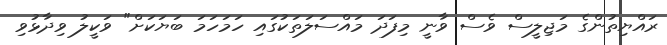
ރައްޔިތުންގެ މަޖިލީސް ވެސް ވާނީ މިފަދަ މައްސަލަތަކުގައި ހަމަހަމަ ބަޔަކަށް" ވަކީލު ވިދާޅުވި